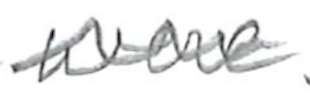
Text: were
Cross-out: wave
Writing tool: pencil